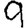
Digit: 9